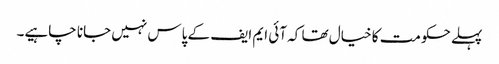
پہلے حکومت کا خیال تھا کہ آئی ایم ایف کے پاس نہیں جانا چاہیے۔